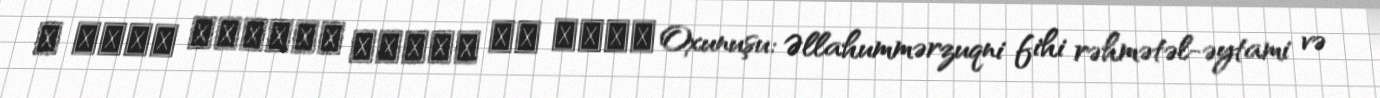
و صحبة الكرام بطولک یا ملجا Oxunuşu: Əllahummərzuqni fihi rəhmətəl-əytami və